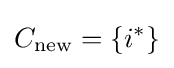
C_{\textrm {new}}=\{i^{*}\}